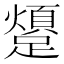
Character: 𨆜